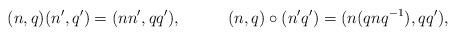
LaTeX: \begin{align*} &(n,q)(n',q')=(nn',qq'),&&(n,q)\circ(n'q')=(n(qnq^{-1}),qq'), \end{align*}